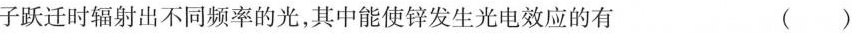
子跃迁时辐射出不同频率的光，其中能使锌发生光电效应的有 ()